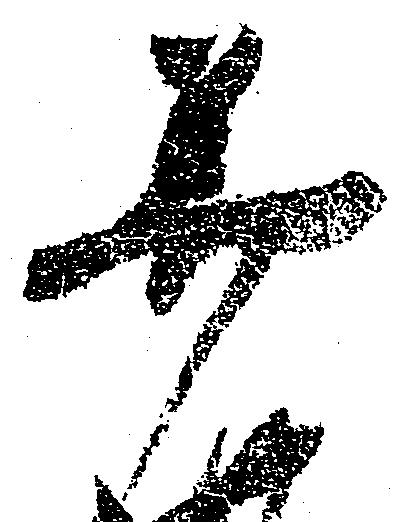
美